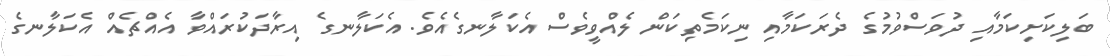
ބަލިކަށިކަމާއި ދުވަސްވުމުގެ ދެރަކަމާއި ނިކަމެތިކަން ލެއްވީވެސް އެކަލާނގެއެވެ. އެކަލާނގެ އިރާދަކުރައްވާ އެއްޗެއް އެކަލާނގެ